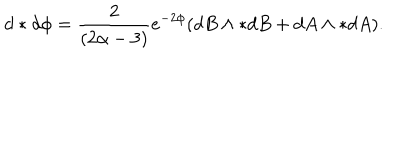
d * d \phi = \frac { 2 } { ( 2 \alpha - 3 ) } e ^ { - 2 \phi } ( d B \wedge * d B + d A \wedge * d A ) .